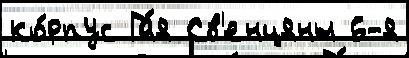
ко́рпус Га́я Св'енцяны 6-я